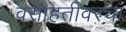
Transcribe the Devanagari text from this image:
वसाहतीवरचा